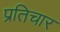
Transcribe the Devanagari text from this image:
प्रतिचार